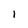
Character: l